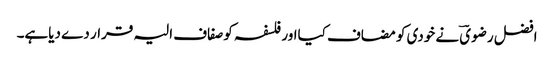
افضل رضویؔ نے خودی کو مضاف کیااور فلسفہ کوصفاف الیہ قرار دے دیاہے۔